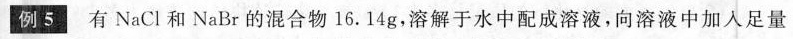
例5 有NaCl和NaBr的混合物16.14g，溶解于水中配成溶液，向溶液中加入足量